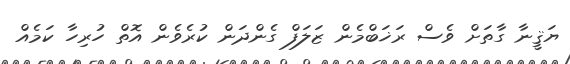
ޔަޤީނާ ގާތަށް ވެސް ރަޚަބްމެން ޒަލަފް ގެންދަން ކުރެވެން އޮތް ހުރިހާ ކަމެއް